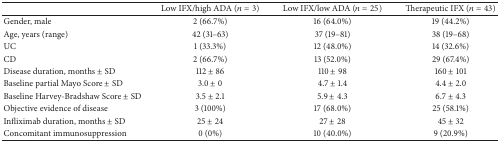
|  | Low IFX/high ADA (n = 3) | Low IFX/low ADA (n = 25) | Therapeutic IFX (n = 43) |
 | --- | --- | --- | --- |
 | Gender, male | 2 (66.7%) | 16 (64.0%) | 19 (44.2%) |
 | Age, years (range) | 42 (31–63) | 37 (19–81) | 38 (19–68) |
 | UC | 1 (33.3%) | 12 (48.0%) | 14 (32.6%) |
 | CD | 2 (66.7%) | 13 (52.0%) | 29 (67.4%) |
 | Disease duration, months ± SD | 112 ± 86 | 110 ± 98 | 160 ± 101 |
 | Baseline partial Mayo Score ± SD | 3.0 ± 0 | 4.7 ± 1.4 | 4.4 ± 2.0 |
 | Baseline Harvey-Bradshaw Score ± SD | 3.5 ± 2.1 | 5.9 ± 4.3 | 6.7 ± 4.3 |
 | Objective evidence of disease | 3 (100%) | 17 (68.0%) | 25 (58.1%) |
 | Infliximab duration, months ± SD | 25 ± 24 | 27 ± 28 | 45 ± 32 |
 | Concomitant immunosuppression | 0 (0%) | 10 (40.0%) | 9 (20.9%) |